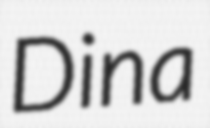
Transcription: Dina